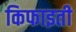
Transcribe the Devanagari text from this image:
किफाइती